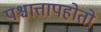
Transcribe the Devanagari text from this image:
पश्चात्तापहोतो